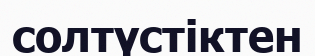
солтүстіктен